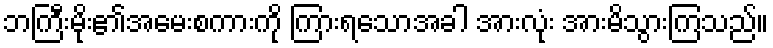
ဘကြီးမိုး၏အမေးစကားကို ကြားရသောအခါ အားလုံး အားမိသွားကြသည်။